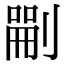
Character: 𠞫